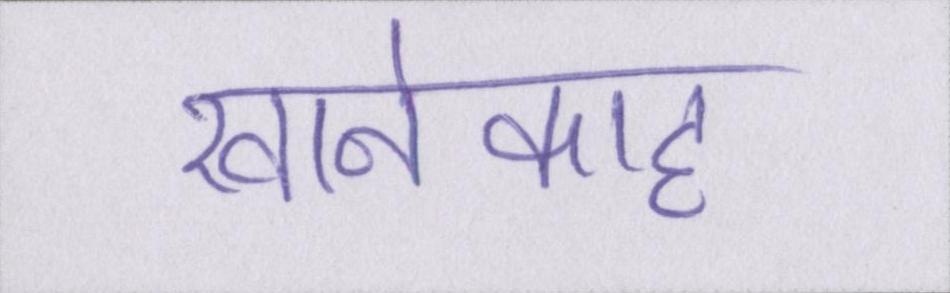
खानेकाह